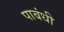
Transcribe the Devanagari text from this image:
पाबंधी